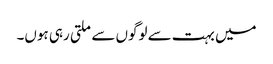
میں بہت سے لوگوں سے ملتی رہی ہوں۔